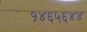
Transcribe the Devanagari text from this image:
१४६५६४४